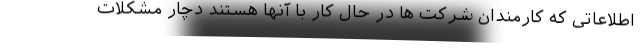
اطلاعاتی که کارمندان شرکت ها در حال کار با آنها هستند دچار مشکلات